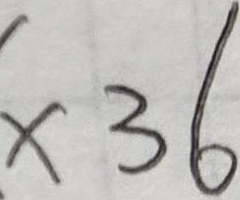
\times 3 6